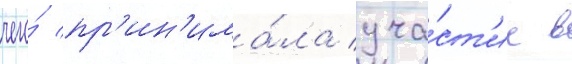
чего́ пр'ин'има́ла уча́ст'ие в